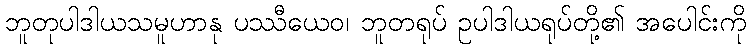
ဘူတုပါဒါယသမူဟာနု ပဿီယေဝ၊ ဘူတရုပ် ဥပါဒါယရုပ်တို့၏ အပေါင်းကို